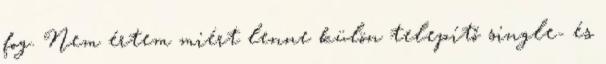
fog. Nem értem miért lenne külön telepítő single- és